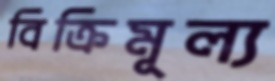
বিক্রিমূল্য